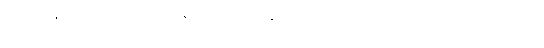
၂၀၁၁ခုနှစ် စာရင်းအရ အာရှနွယ်ဖွား ၁၈သန်းကျော် ရှိနေပြီး ဒါဟာ အမေရိကန် လူဦးရေ